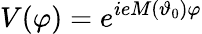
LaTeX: V(\varphi)=e^{ieM(\vartheta_{0})\varphi}